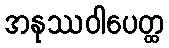
အနုဿဝါပေတ္ထ